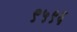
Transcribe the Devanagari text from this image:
९५९६